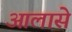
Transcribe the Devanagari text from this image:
आलासे